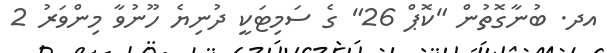
އދ. ބުނާގޮތުން "ކޮޕް 26" ގެ ސަމިޓަކީ ދުނިޔެ ހޫނުވާ މިންވަރު 2